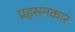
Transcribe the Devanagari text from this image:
प्रहसनकार